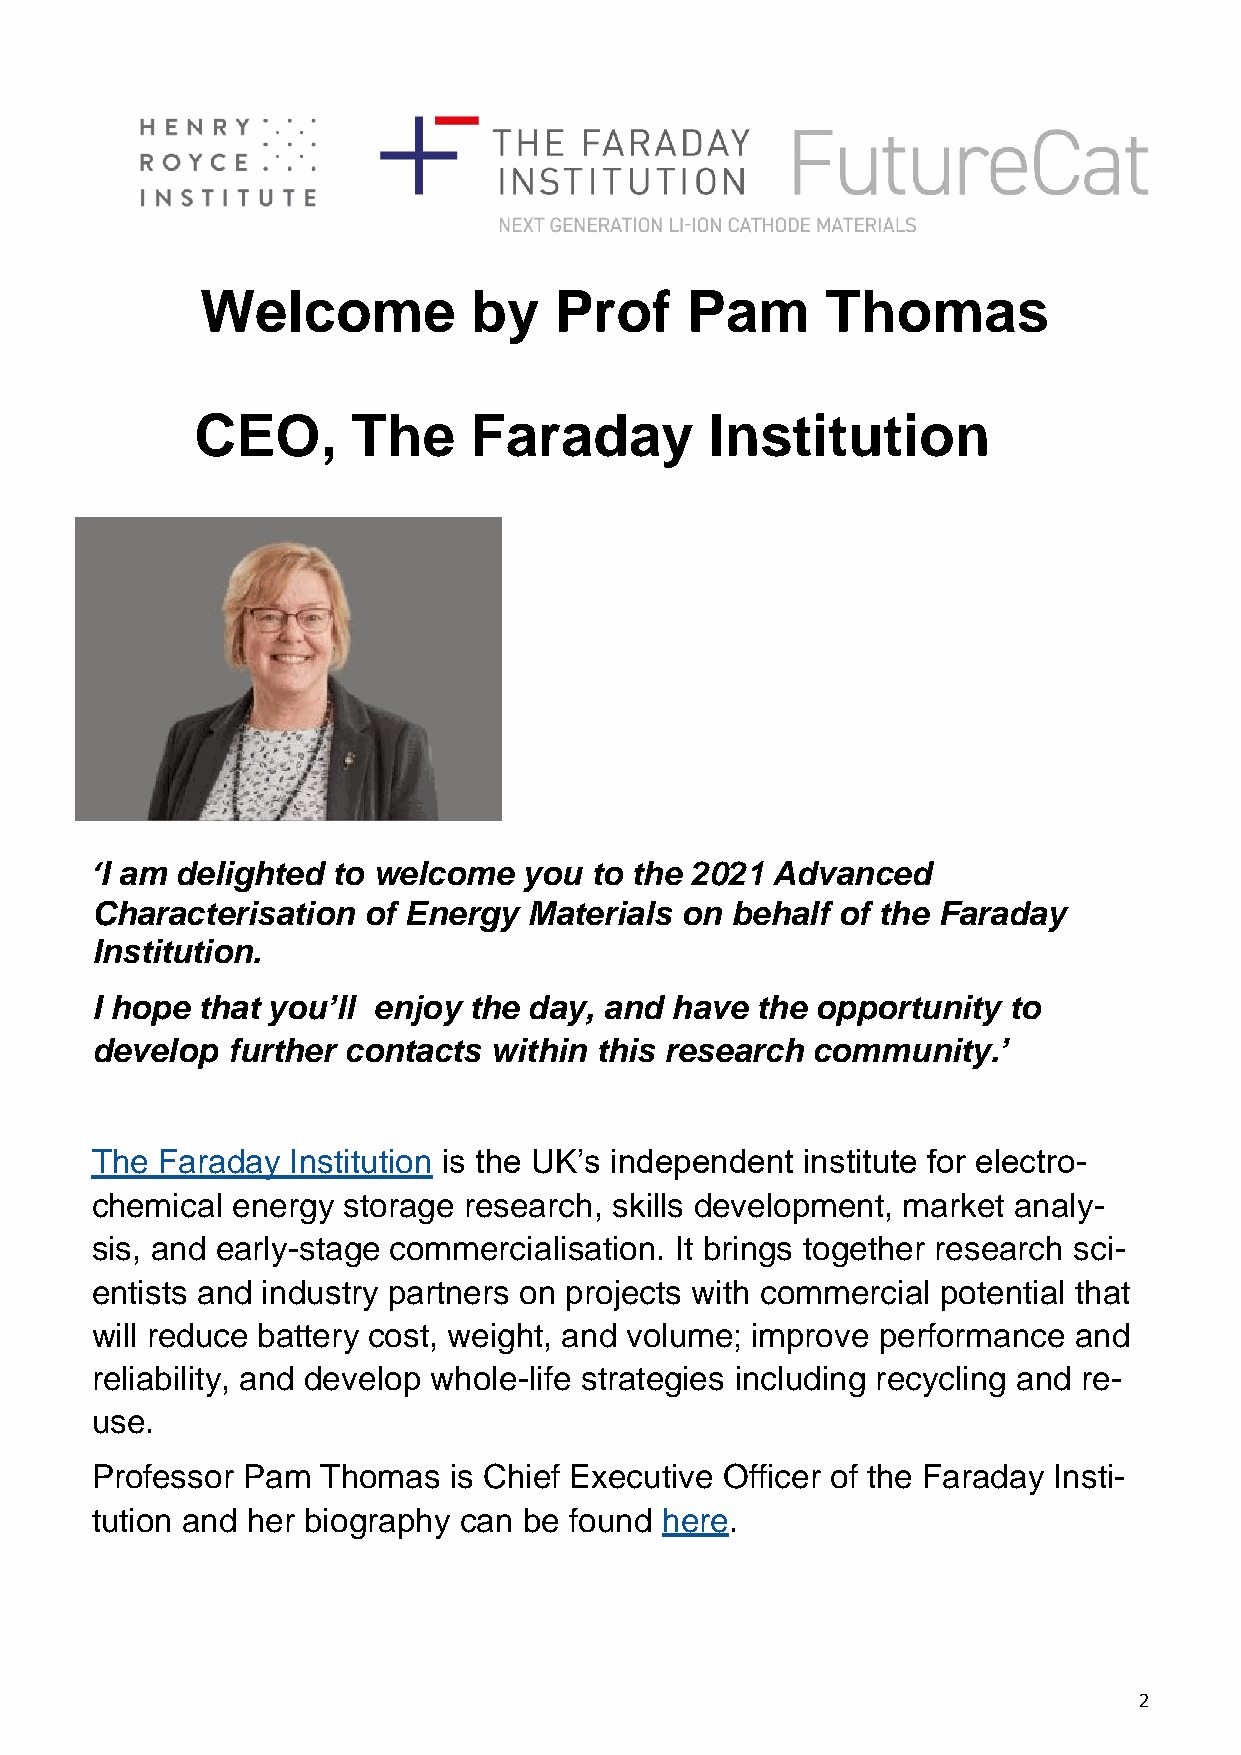
Welcome           by    Prof    Pam       Thomas
 CEO,      The     Faraday         Institution
 ‘I am delighted to welcome   you to the 2021 Advanced
 Characterisation  of Energy  Materials on behalf of the Faraday
 Institution.
 I hope that you’ll enjoy the day, and have  the opportunity  to
 develop  further contacts within this research  community.’
 The Faraday  Institution is the UK’s independent institute for electro-
 chemical energy  storage research, skills development, market analy-
 sis, and early-stage commercialisation. It brings together research sci-
 entists and industry partners on projects with commercial potential that
 will reduce battery cost, weight, and volume; improve performance and
 reliability, and develop whole-life strategies including recycling and re-
 use.
 Professor Pam  Thomas   is Chief Executive Officer of the Faraday Insti-
 tution and her biography can be found here.
 2